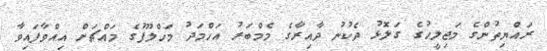
ރައްޔިތުންގެ މަޖިލީހުގެ ގަލޮޅު ދެކުނު ދާއިރާގެ މެމްބަރު އަހްމަދު މަހްލޫފުގެ މައްޗަށް އިއްވާފައިވާ